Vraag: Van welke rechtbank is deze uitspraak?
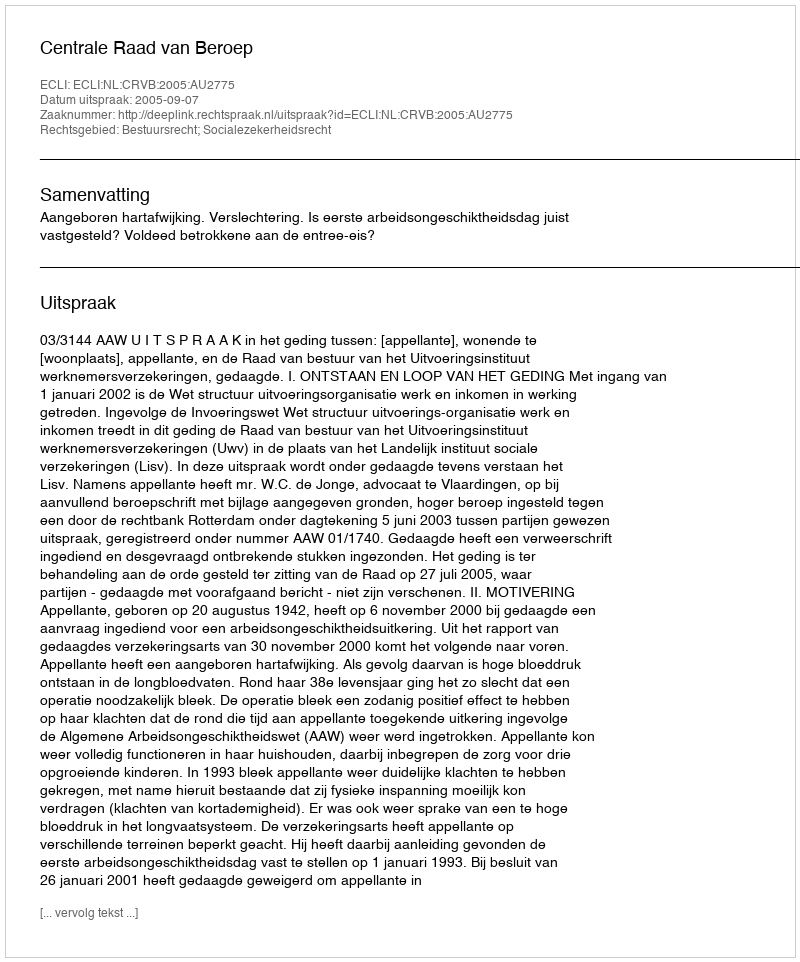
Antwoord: Centrale Raad van Beroep